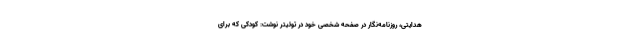
هدایتی، روزنامه‌نگار در صفحه شخصی خود در توئیتر نوشت: کودکی که برای